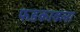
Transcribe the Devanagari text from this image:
फडकावला